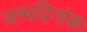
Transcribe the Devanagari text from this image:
जन्मदिनांकः